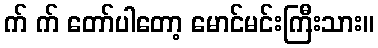
က် က် တော်ပါတော့ မောင်မင်းကြီးသား။